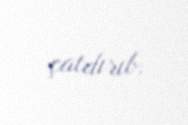
çatdırıb.